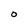
Character: O